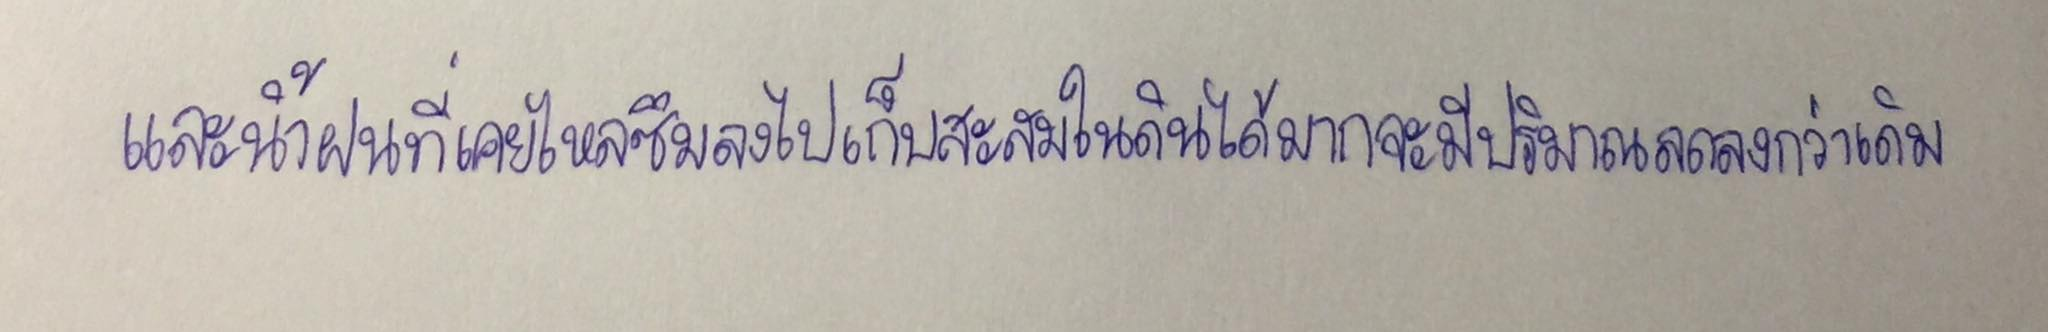
และน้ำฝนที่เคยไหลซึมลงไปเก็บสะสมอยู่ในดินได้มากจะมีปริมาณลดลงกว่าเดิม